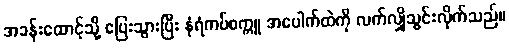
အခန်းထောင့်သို့ ပြေးသွားပြီး နံရံကပ်စက္ကူ အပေါက်ထဲကို လက်လျှိုသွင်းလိုက်သည်။